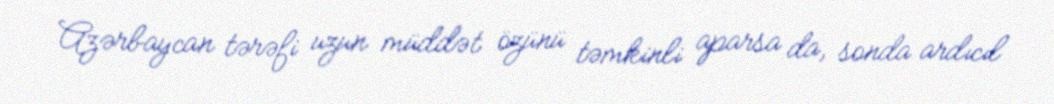
Azərbaycan tərəfi uzun müddət özünü təmkinli aparsa da, sonda ardıcıl